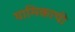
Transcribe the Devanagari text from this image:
यामिकाची